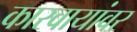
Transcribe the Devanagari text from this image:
कारवायांवर